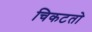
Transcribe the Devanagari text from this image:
चिकटतो